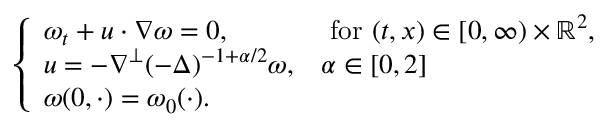
\begin{array} { r } { \left\{ \begin{array} { l l } { \omega _ { t } + u \cdot \nabla \omega = 0 , } & { \mathrm { ~ f o r ~ } ( t , x ) \in [ 0 , \infty ) \times \mathbb { R } ^ { 2 } , } \\ { u = - \nabla ^ { \perp } ( - \Delta ) ^ { - 1 + \alpha / 2 } \omega , } & { \alpha \in [ 0 , 2 ] } \\ { \omega ( 0 , \cdot ) = \omega _ { 0 } ( \cdot ) . } \end{array} \right. } \end{array}